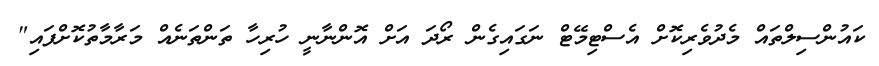
ކައުންސިލްތައް މެދުވެރިކޮށް އެސްޓިމޭޓް ނަގައިގެން ރޯދަ އަށް އޮންނާނީ ހުރިހާ ތަންތަނެއް މަރާމާތުކޮށްފައި"